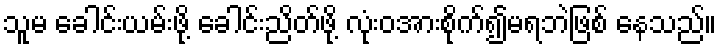
သူမ ခေါင်းယမ်းဖို့ ခေါင်းညိတ်ဖို့ လုံးဝအားစိုက်၍မရဘဲဖြစ် နေသည်။